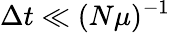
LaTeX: \Delta t\ll(N\mu)^{-1}